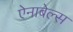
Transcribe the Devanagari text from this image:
ऐनाबेल्स